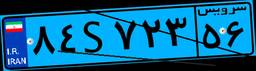
۸۴S۷۲۳۵۶